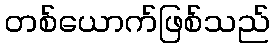
တစ်ယောက်ဖြစ်သည်